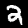
Digit: 2